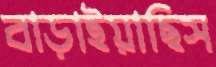
বাড়াইয়াছিস